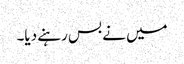
میں نے بس رہنے دیا۔